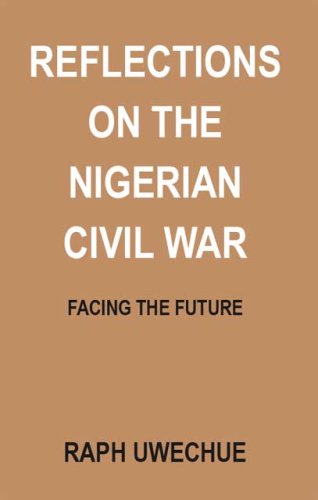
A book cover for Reflections on the Nigerian Civil War: Facing the Future; Raph Uwechue; History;